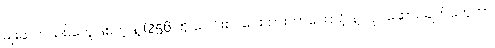
မျိုးဆက်သစ်တွေဖြစ်တဲ့ နဲ့ (256 ကို ပေါင်းစပ်ပေးထားတာကြောင့် နဲ့ လုပ်ဆောင်ချက်တွေဟာ